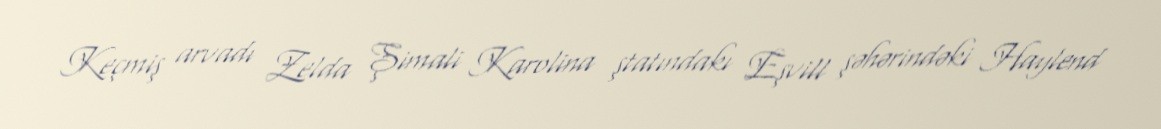
Keçmiş arvadı Zelda Şimali Karolina ştatındakı Eşvill şəhərindəki Haylend